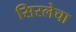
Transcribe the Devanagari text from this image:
सिस्लेचा